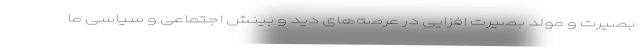
بصیرت و مولد بصیرت افزایی در عرصه‌های دید و بینش اجتماعی و سیاسی ما